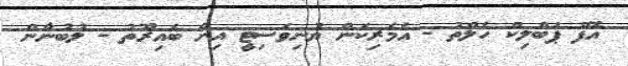
އޮފް ޕަބްލިކް ހެލްތު - އެމެރިކަން ޔުނިވަސިޓީ އިން ބެއިރޫތު - ލުބުނާން